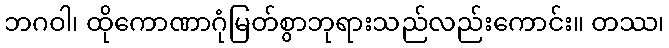
ဘဂဝါ၊ ထိုကောဏာဂုံမြတ်စွာဘုရားသည်လည်းကောင်း။ တဿ၊